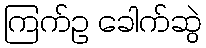
ကြက်ဥ ခေါက်ဆွဲ